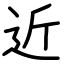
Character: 近